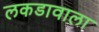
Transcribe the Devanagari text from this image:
लकडावाला